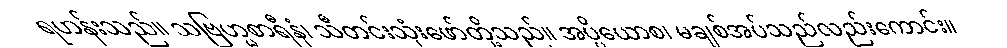
ရဟန်းသည်။ သဗြဟ္မစာရီနံ၊ သီတင်းသုံးဖော်တို့သည်။ အပ္ပိယောစ၊ မချစ်အပ်သည်လည်းကောင်း။